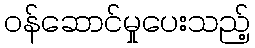
ဝန်ဆောင်မှုပေးသည့်